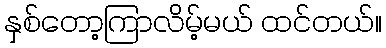
နှစ်တော့ကြာလိမ့်မယ် ထင်တယ်။